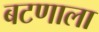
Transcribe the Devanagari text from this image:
बटणाला